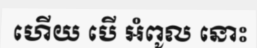
ហើយ បើ អំពូល នោះ